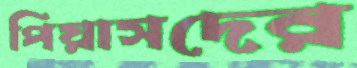
পিয়াসদের